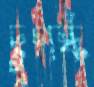
দুগর্ন্ধ